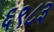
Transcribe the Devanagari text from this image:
६९८३